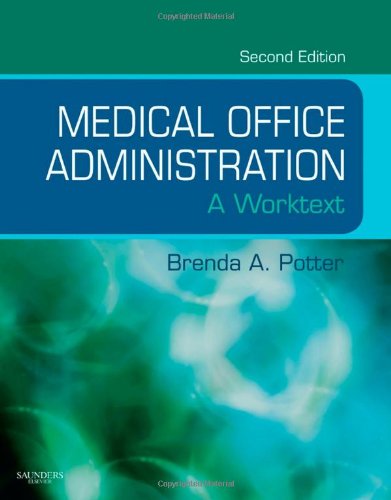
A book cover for Medical Office Administration: A Worktext, 2e (Evolve Learning System Courses); Brenda A. Potter BS  CPC-I  CPC; Medical Books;